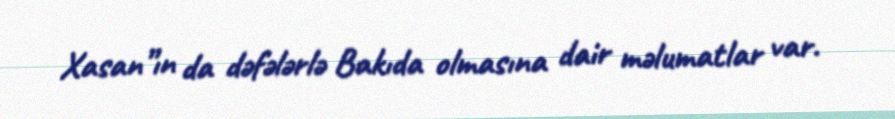
Xasan”ın da dəfələrlə Bakıda olmasına dair məlumatlar var.